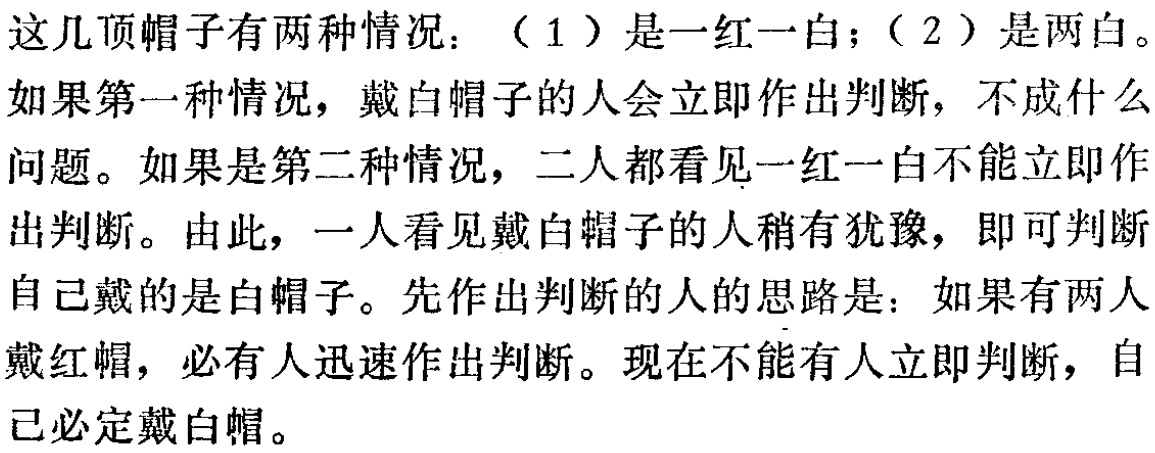
这几顶帽子有两种情况：（1）是一红一白；（2）是两白。

如果第一种情况，戴白帽子的人会立即作出判断，不成什么

问题。如果是第二种情况，二人都看见一红一白不能立即作

出判断。由此，一人看见戴白帽子的人稍有犹豫，即可判断

自己戴的是白帽子。先作出判断的人的思路是：如果有两人

戴红帽，必有人迅速作出判断。现在不能有人立即判断，自

己必定戴白帽。